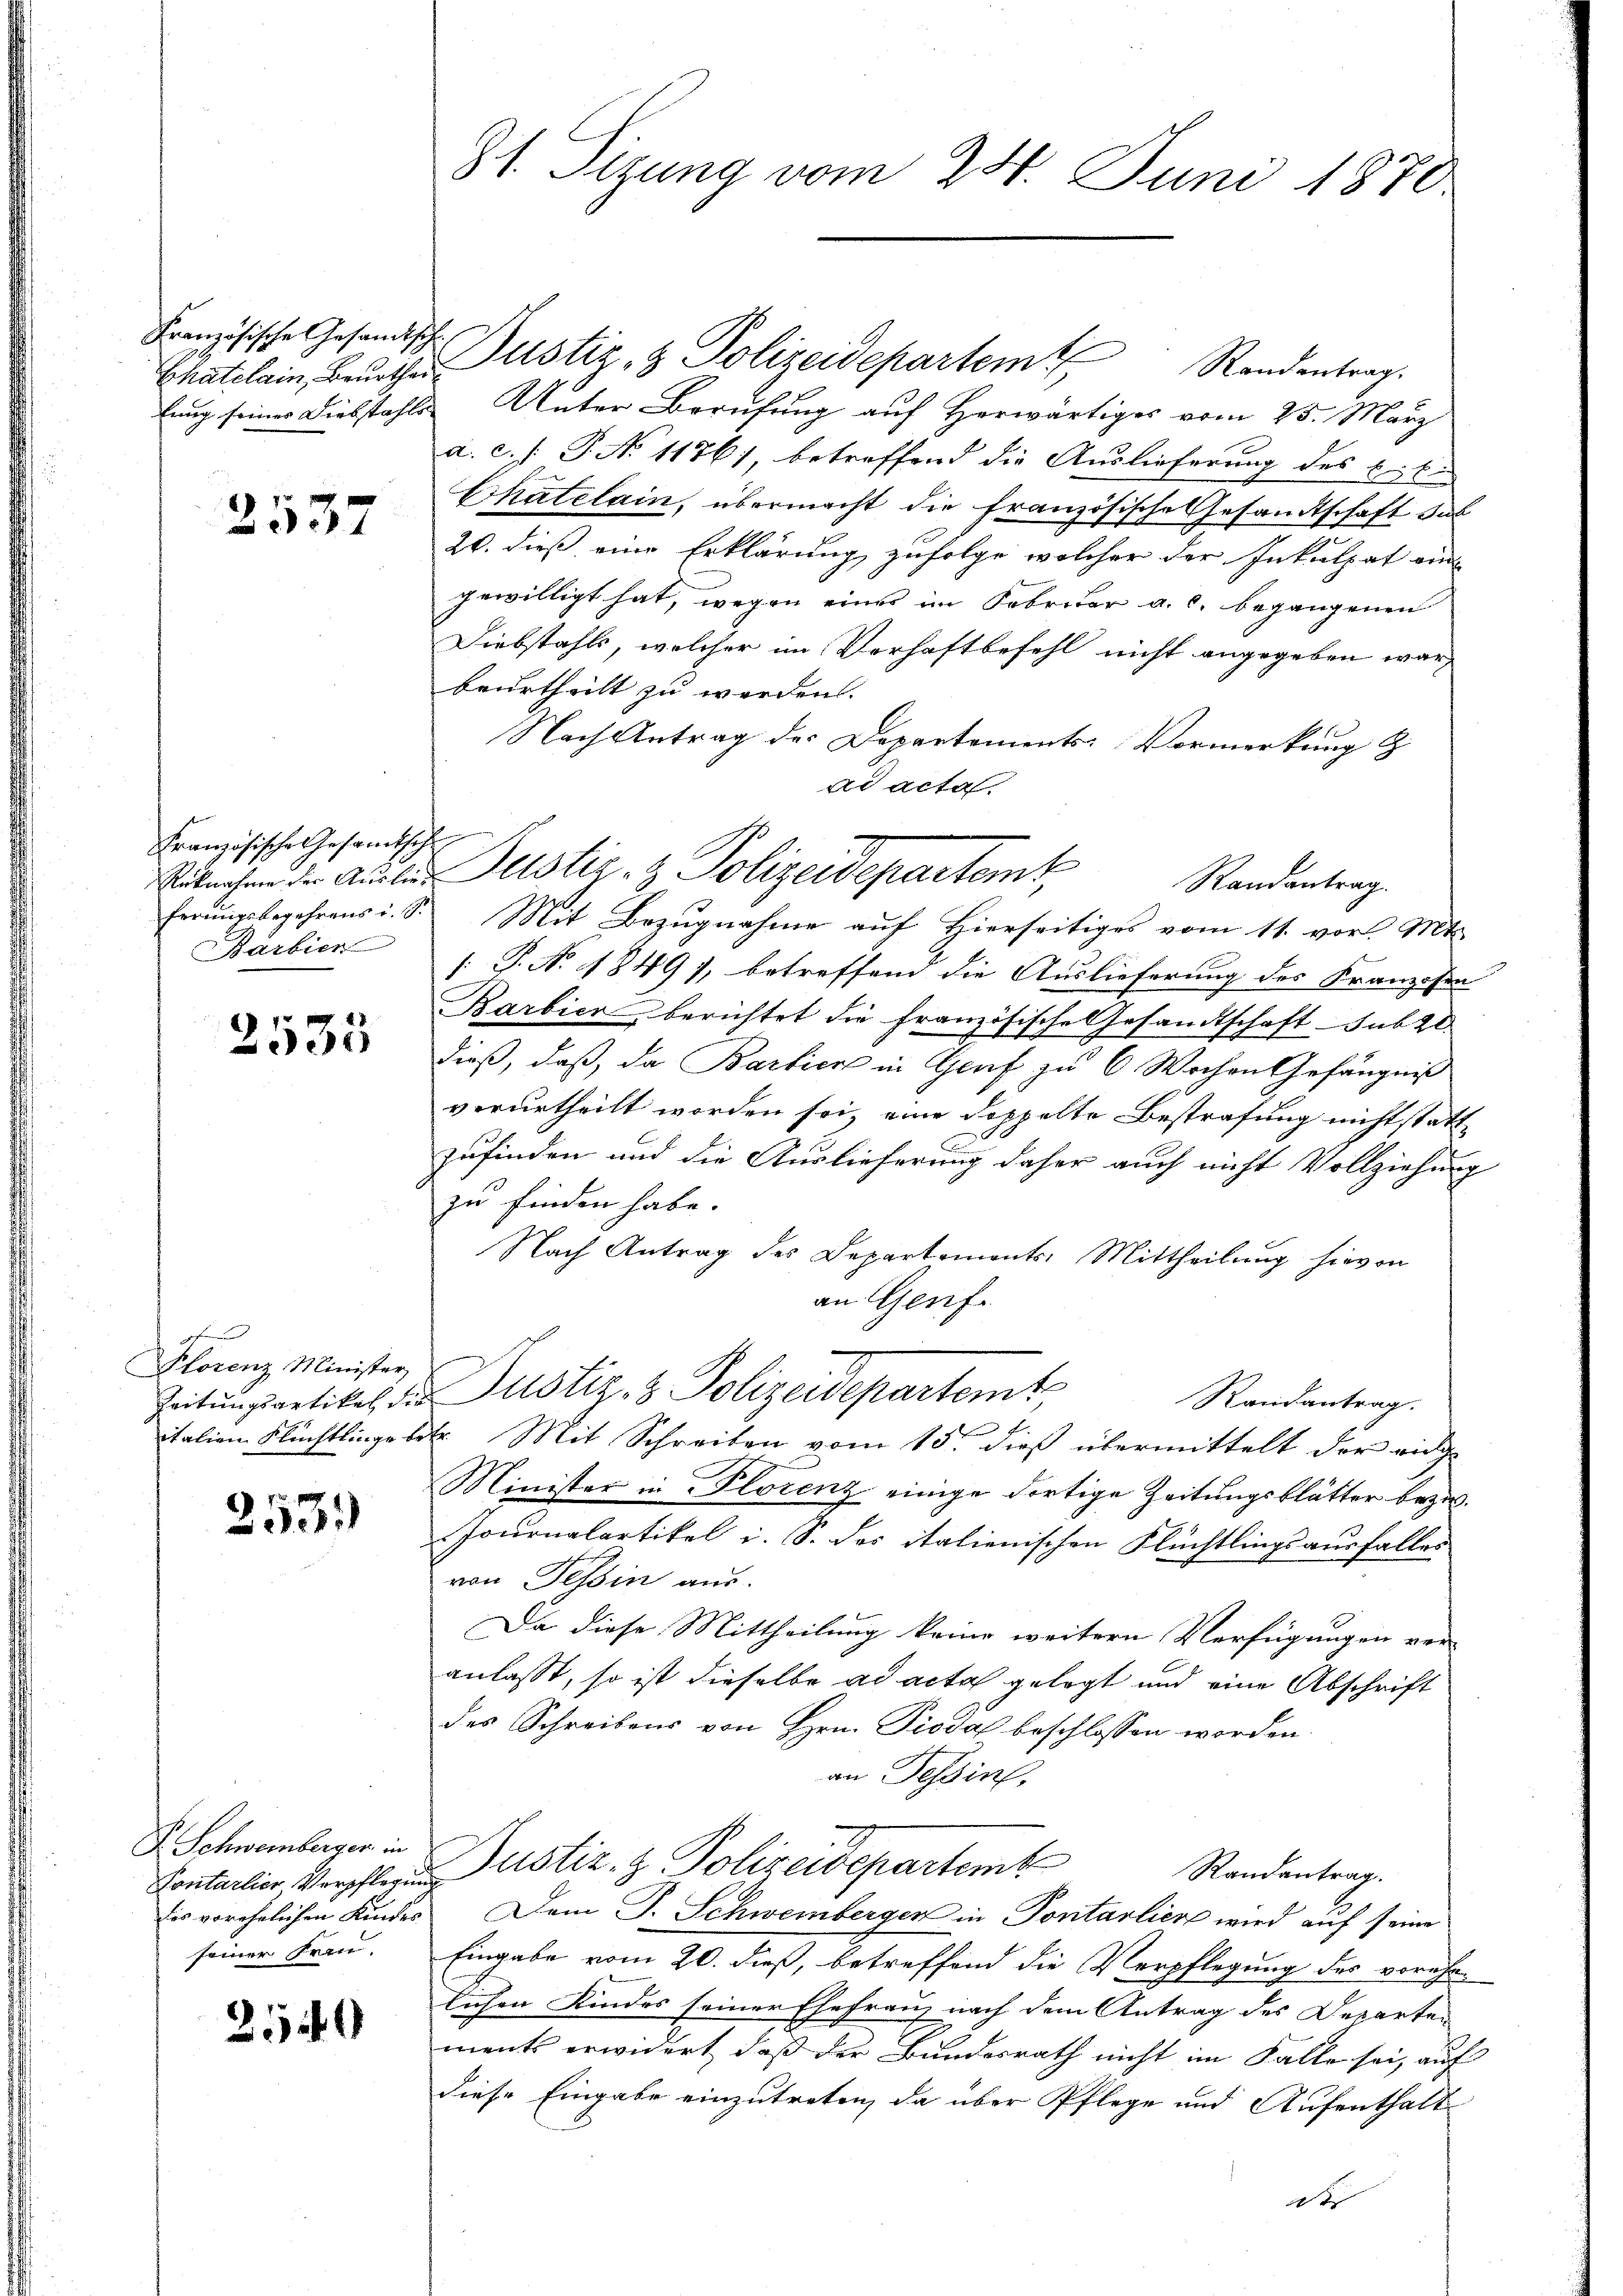
Französische Gesandtsch

2537

Französische Gesamtsch
Barbier

2535

u
Plorenz Minister,
Zeitungsartikel die

2531)

F. Schweinberger in
seiner Frau.

2540

81. Sizung vom 24. Juni 1870

lung seiner Diebstahls Unter Berufung auf Herwärtiges vom 25. März
a. c. /: P. No 1176), betreffend die Auslieferung des Erbe
Chatelain, übermacht die französische Gesandtschaft dab
20. dieß eine Erklärung zufolge welcher der Inkulpat ein
gewilligt hat, wegen eines im Fabrikar a. c. begangenen
Diebstahls, welcher im Verhaftbefehl nicht angegeben war,
beurtheilt zu werden.
Nach Antrag des Departements-Vormerkung z
ad acta.
Ribachen der Ausler Justiz- & Polizeidepartemb
ferŭngsbegehrens i. S. Mit Bezŭgnahme auf hierseitiges vom 11. vor. Mts.
[: P. No. 1849, betreffend die Auslieferung des Franzosen
Barbier, berichtet die französische Gesandtschaft sub 20.
dieß, daß, da Bartien in Graf zu 6 Wochen Gefängniß
verurtheilt worden sei, eine doppelte Bestrafung nicht statt
zufinden und die Auslieferung daher auch nicht Vollziehung
zu finden habe.
Nach Antrag des Departements-Mittheilung hievon
an Genf.
Justiz- & Polizeidepartamt,
Randantrag.
italien Flüchtlinge betr. Mit Schreiben vom 15. dieβ übermittelt der eidge
Minister in Plorenz einige dortige Zeitungsblätter bezw.
Journalartikel i. S. des italienischen Flüchtlingsausfalles
von Tessin aus.
Da diese Mittheilung keine weitern Verfügungen ver-
anlasst, so ist dieselbe ad acta gelegt und eine Abschrift
des Schreibens von Hrn. Piodal beschlossen worden.
an Tessin,
Contalier, Verpflegen Justiz- & Polizeidepartemb
Randantrag.
des vorehelichen Kindes Dem J. Schweinbergen in Pontarliere wird auf seine
Eingabe vom 20. dieß, betreffend die Verpflegung der veruhe
lichen Kindes seiner Ehefranz nach dem Antrag des Departen
ments erwidert, daß der Bundesrath nicht im Falle sei, auf
diese Eingabe einzutreten, da über Pflege und Aufenthalt
as

Chatelain Bruder Justiz & Polizeidepartemt Randentrag.

Randantrag.